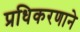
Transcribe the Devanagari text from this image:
प्रधिकरणाने